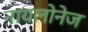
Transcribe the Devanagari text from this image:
नायलोनेज